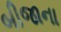
બીજાના